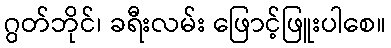
ဂွတ်ဘိုင်၊ ခရီးလမ်း ဖြောင့်ဖြူးပါစေ။